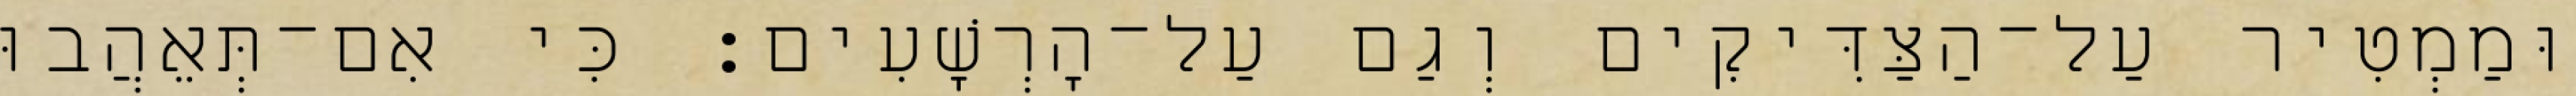
וּמַמְטִיר עַל־הַצַּדִּיקִים וְגַם עַל־הָרְשָׁעִים׃ כִּי אִם־תְּאֵהֲבוּ